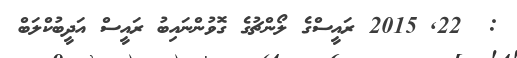
:  22